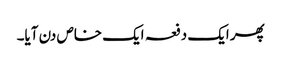
پھر ایک دفعہ ایک خاص دن آیا۔